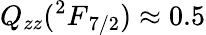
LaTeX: Q_{zz}({^2F}_{7/2})\approx 0.5